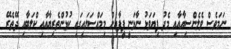
ނަމަވެސް ވެލެންސިޔާއާއި މެދު ފިޔަވަޅު ނާޅަނީ ފީފާއިން މިމައްސަލައިގައި ކުޅުންތެރިޔާއާއި ކްލަބާއި ދޭތެރޭ